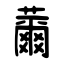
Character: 薾